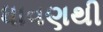
ધાવણથી